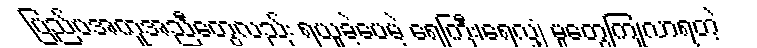
ပြည်ပအကူအညီတွေလည်း ရယူခဲ့ပေမဲ့ ရေကြီး၊ရေလျှံ မှုတွေကြုံလာရတဲ့